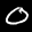
Label: 0